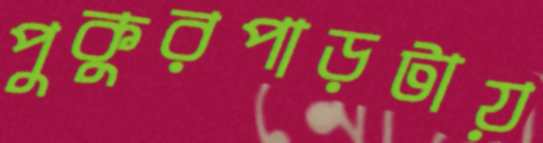
পুকুরপাড়টায়